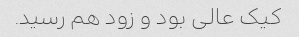
کیک عالی بود و زود هم رسید.